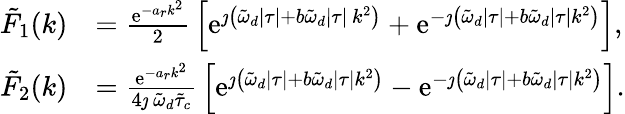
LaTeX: \begin{array}{rl}{\tilde{F}_{1}(k)}&{=\frac{\mathrm{e}^{-a_{r}k^{2}}}{2}\, \left[\mathrm{e}^{\jmath\left(\tilde{\omega}_{d}\lvert\tau\rvert+b\tilde{\omega}_{d}\lvert\tau\rvert\, k^{2}\right)}+\mathrm{e}^{-\jmath\left(\tilde{\omega}_{d}\lvert\tau\rvert+b\tilde{\omega}_{d}\lvert\tau\rvert k^{2}\right)}\right],}\\ {\tilde{F}_{2}(k)}&{=\frac{\mathrm{e}^{-a_{r}k^{2}}}{4\jmath\, \tilde{\omega}_{d}\tilde{\tau}_{c}}\, \left[\mathrm{e}^{\jmath\left(\tilde{\omega}_{d}\lvert\tau\rvert+b\tilde{\omega}_{d}\lvert\tau\rvert k^{2}\right)}-\mathrm{e}^{-\jmath\left(\tilde{\omega}_{d}\lvert\tau\rvert+b\tilde{\omega}_{d}\lvert\tau\rvert k^{2}\right)}\right].}\end{array}